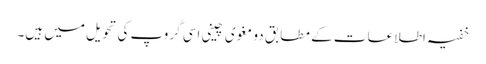
خفیہ اطلاعات کے مطابق دو مغوی چینی اسی گروپ کی تحویل میں ہیں۔